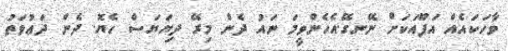
ވާހަކައެއް އަފޫއަކަށް ނޭނގޭ.އެހެންވީމަ ނައު ދެން މިރޭ ދިޔަޔަސް ހެޔޮ. ދެން ދަޢުވަތު